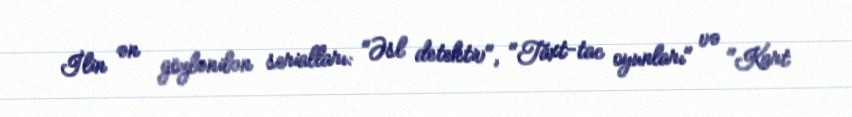
İlin ən gözlənilən serialları: "Əsl detektiv", "Taxt-tac oyunları" və "Kart